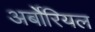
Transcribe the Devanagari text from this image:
अर्बोरियल